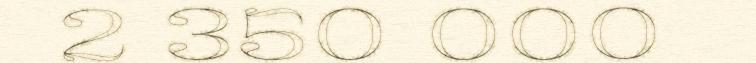
2 350 000